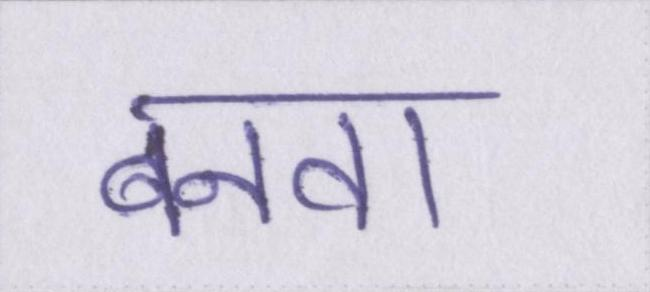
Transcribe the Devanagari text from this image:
बनवा